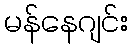
မန်နေဂျင်း